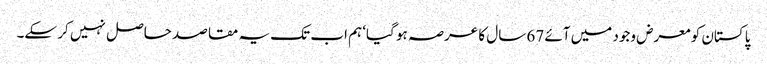
پاکستان کو معرض وجود میں آئے 67 سال کا عرصہ ہو گیا‘ ہم اب تک یہ مقاصد حاصل نہیں کر سکے۔